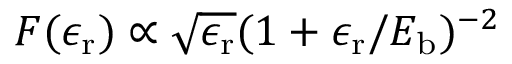
F ( \epsilon _ { \mathrm { r } } ) \propto \sqrt { \epsilon _ { \mathrm { r } } } ( 1 + \epsilon _ { \mathrm { r } } / E _ { \mathrm { b } } ) ^ { - 2 }